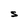
Character: S